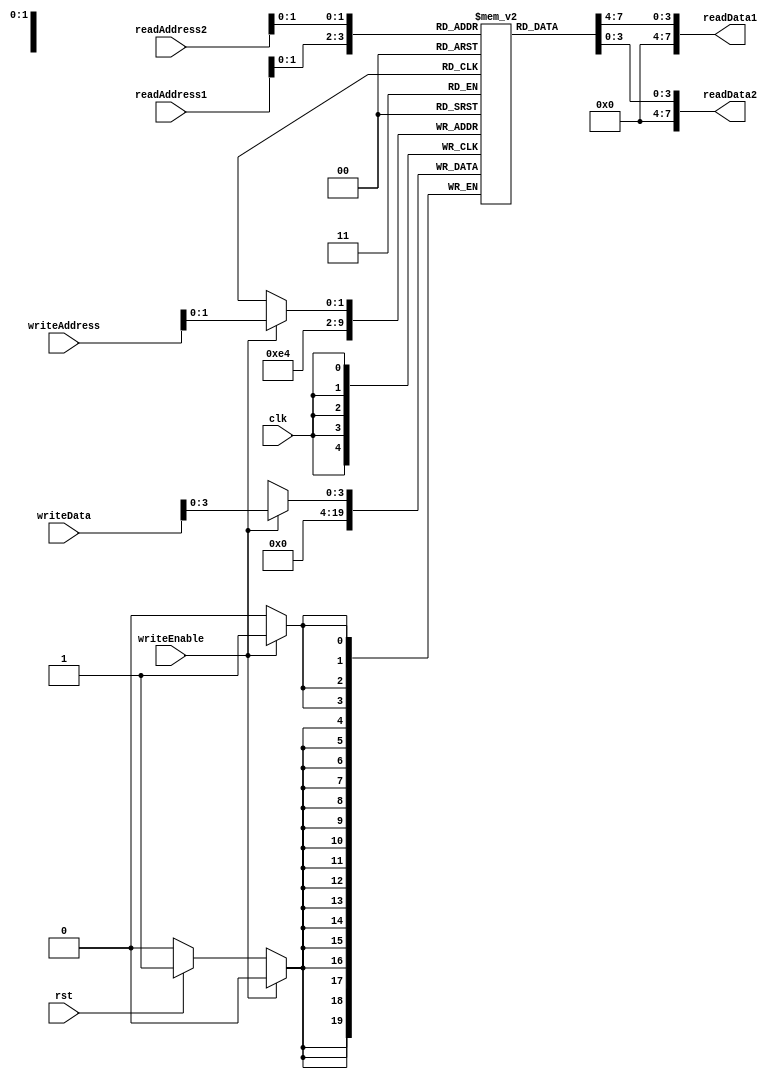
module Registers(
   input rst,
	input [7:0] writeData,
	input writeEnable,
	input [3:0] readAddress1,
   input [3:0] readAddress2,
	input [3:0] writeAddress,
	input clk,
   output [7:0] readData1,
   output [7:0] readData2
 	);
 	
  reg[3:0] register[3:0];
 
  always @ (posedge clk)
   begin
		if(writeEnable)
			begin
				register[writeAddress] = writeData;
			end
		else if (rst)
			begin
				register[0] = 0;
				register[1] = 0;
				register[2] = 0;
				register[3] = 0;
				
			end
   end
  
  assign readData1 = register[readAddress1];
  assign readData2 = register[readAddress2];
 
	
endmodule